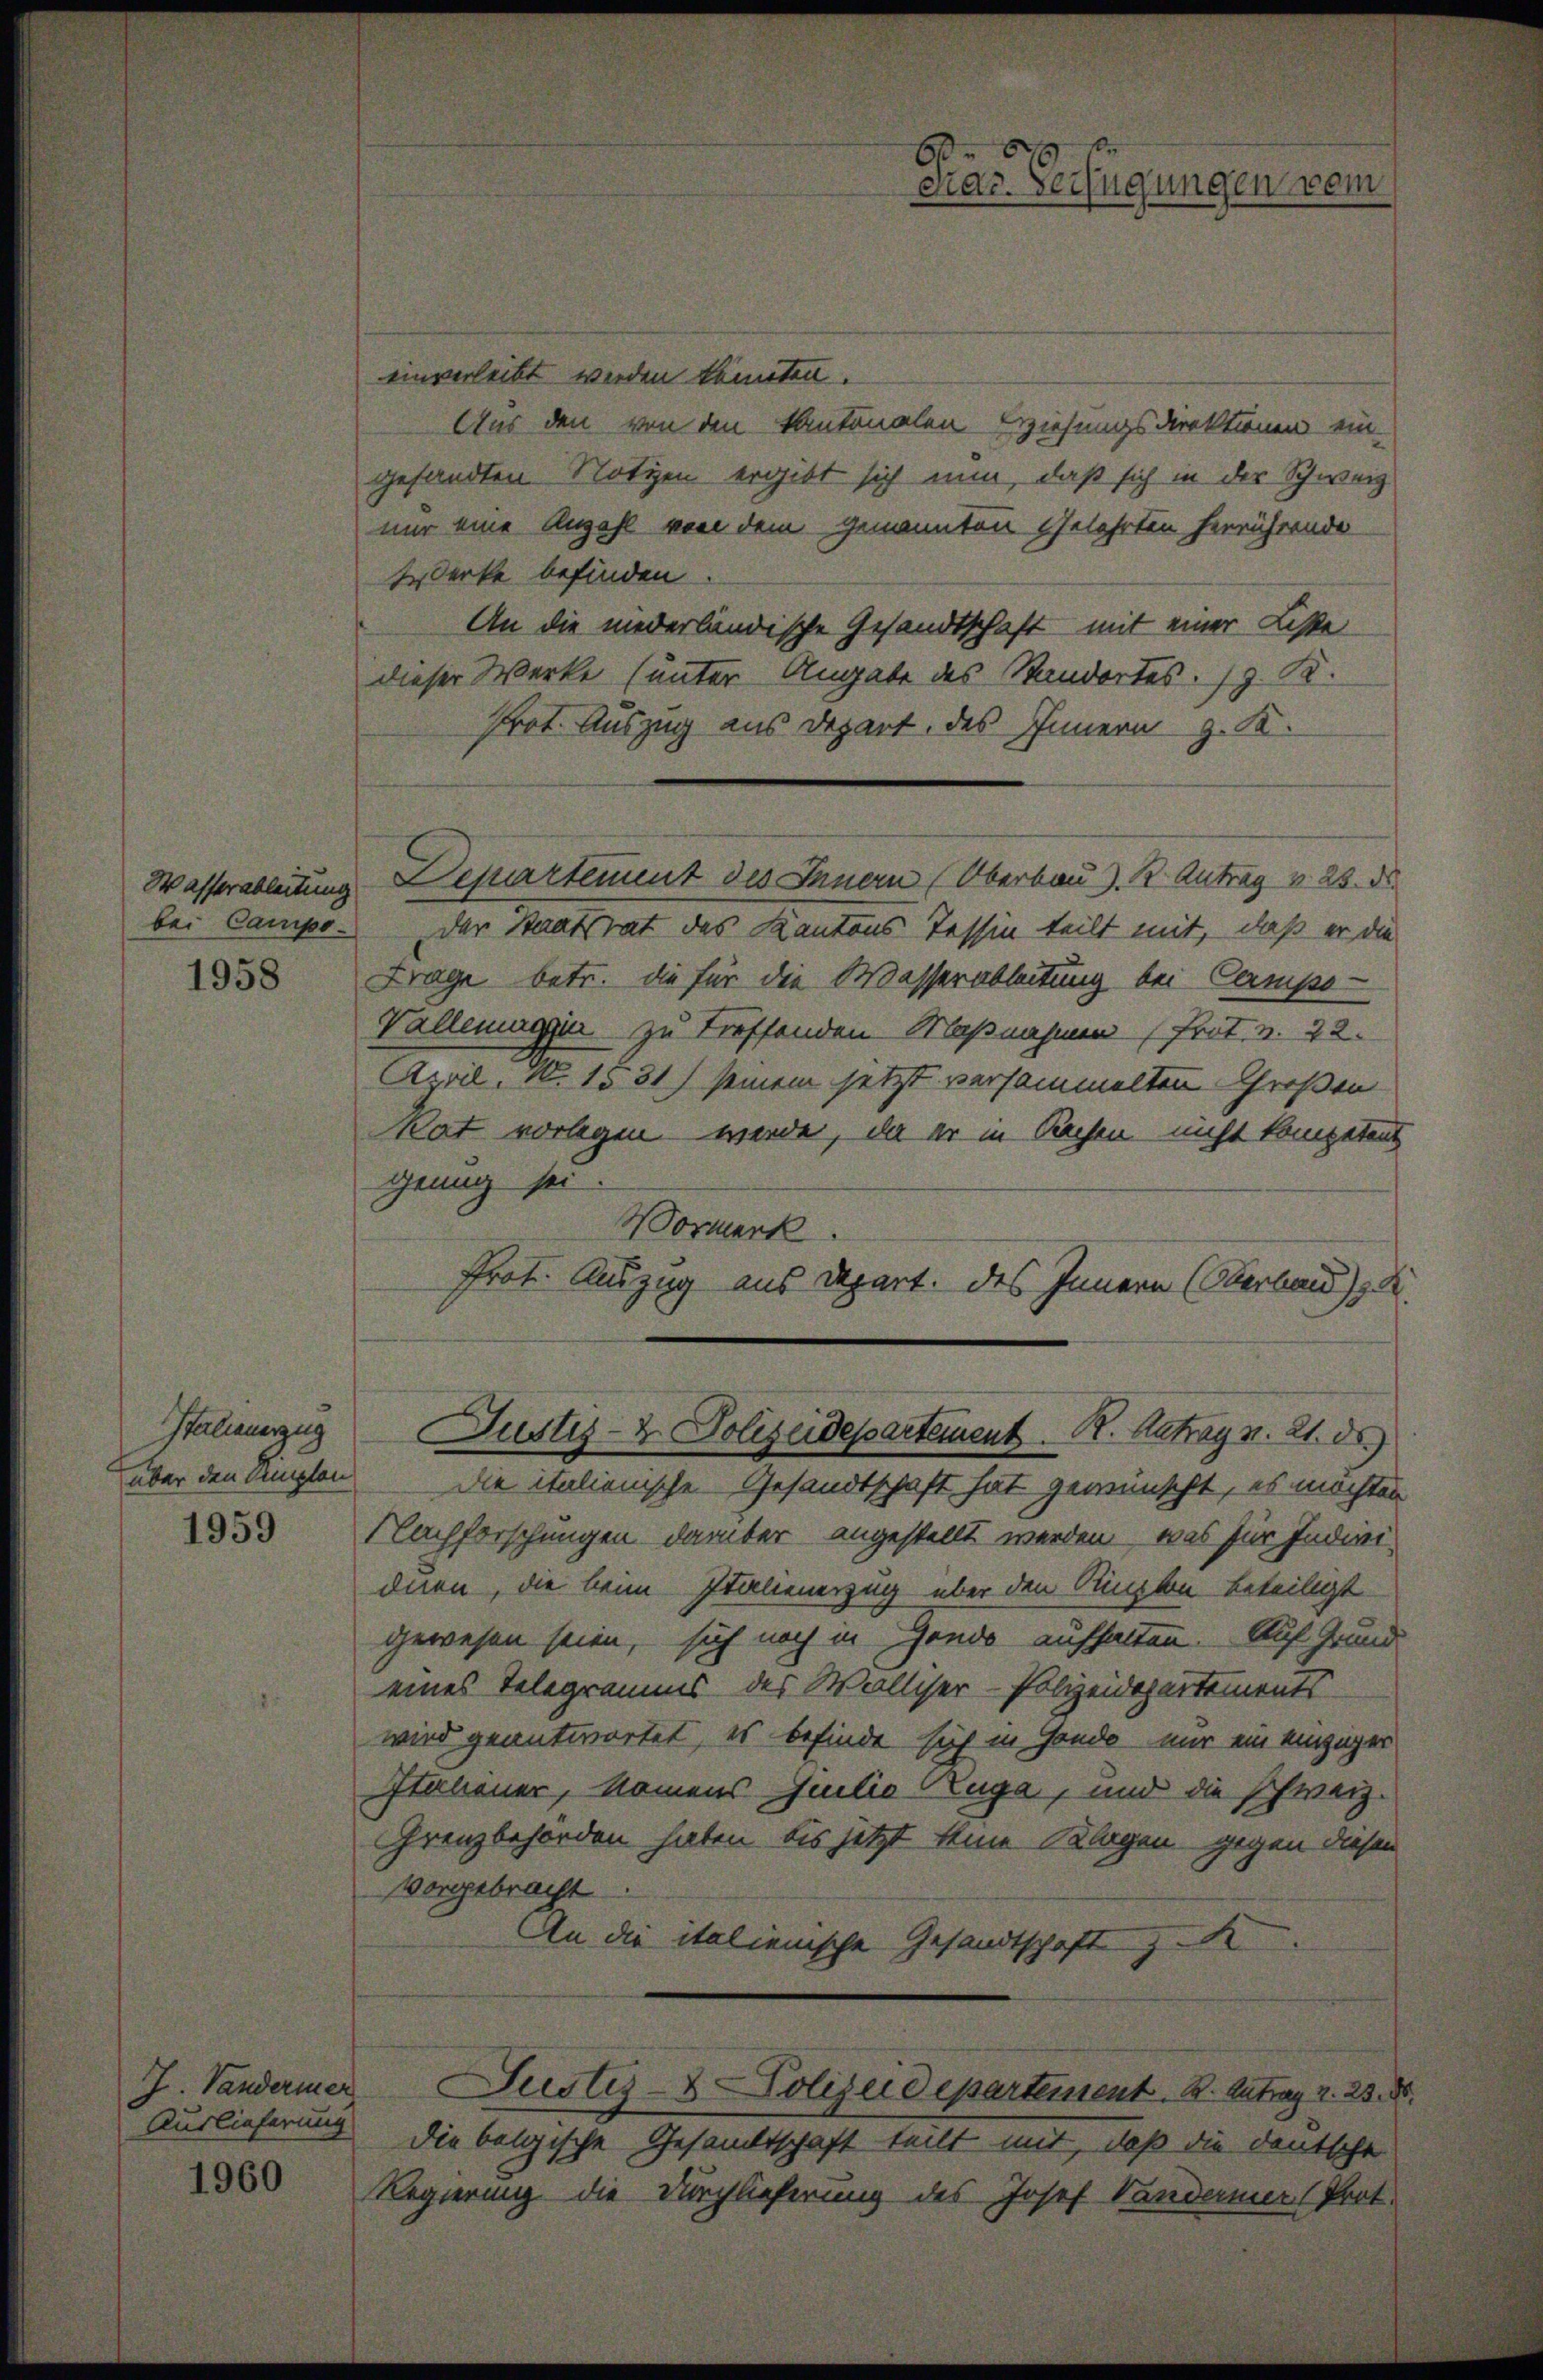
bei Campo-

1958

Italienerzug
über den Simplen

1959

1960

Auslieferung

Pras Verfügungen ve

einverleibt werden könnten.
Aus den von den Kantonalen Erziehungsdirektionen ein
gesandten Nötzen ergibt sich nun, daß sich in der Schweiz
nur eine Anzahl von dem genannten Gelehrten herrührende
Werke befinden
An die niederländische Gesandtschaft mit einer Liste
dieser Werke (unter Angabe des Standortes. z. B.
Prot. Auszug aus Depart des Innern z. K.
Wasserableitung Departement des Innern (Oberbau z. B. Antrag v. 25. d.
der Staatsrat des Kantons Tessin teilt mit, daß er die
Frage betr. die für die Wasserableitung bei Campo-
Valleniuge zu treffenden Maßnahmen (Prot. v. 22.
April. N. 1531) seinem jetzt versammelten Großen
Rat vorlegen werde, da er in Sachen nicht kompetens
genug sei.
Wormerk
Prot. Auszug aus Depart. des Innern (Oberband d
Justiz- & Polizeidepartement. R. Antrag v. 21. ds.
Die italienische Gesandtschaft hat gewünscht, es möchten
Nachforschungen darüber angestellt werden, was für Indivi-
duen, die beim Italienerzug über den Kingten beteiligt
gewesen seien, sich noch in Gondo aufhalten. Auf Grund
eines Telegramms des Walliser-Polizeidepartements
wird geantwortet, es befinde sich in Hande nur ein einziger
Itanener, Namens Juilio Zuga, und die schweiz.
Grenzbehörden haben bis jetzt keine Klagen gegen diesen
vorgebracht
An die italienische Gesandtschaft K
J. Vanderner Justiz- & Polizeidepartement. B. Antrag v. 23. 80.
die belgische Gesandtschaft teilt mit, daß die deutsche
Regierung die Durchlieferung des Josef Vanderner (Prot.